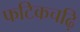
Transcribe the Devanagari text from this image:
फटिकचढ़ि